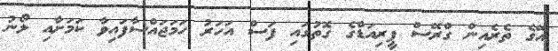
އޭގެ ތެރެއިން ގްރޭސް ޕީރިއަޑްގެ ގޮތުގައި ފަސް އަހަރު ހަމަޖައްސާފައިވާ ކަމަށާއި ލޯނު